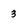
Character: 3